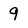
Character: 9